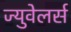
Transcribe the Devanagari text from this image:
ज्युवेलर्स